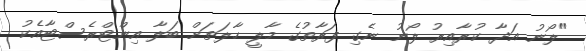
"ލޯނު އަދާ ކުރާއިރު ލޯނު ނެގި ފަރާތުގެ މާލީ ހާލަތަށް ބަލާ އިންޓްރެސްޓާއެކު